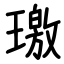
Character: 璬